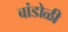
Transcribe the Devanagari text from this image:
बांडोळी